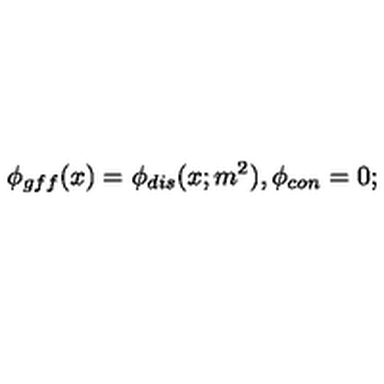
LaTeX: \phi _ { g f f } ( x ) = \phi _ { d i s } ( x ; m ^ { 2 } ) , \phi _ { c o n } = 0 ;